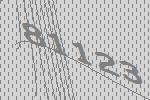
81123